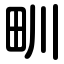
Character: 甽